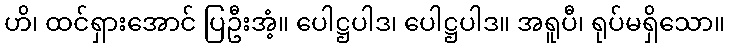
ဟိ၊ ထင်ရှားအောင် ပြဦးအံ့။ ပေါဋ္ဌပါဒ၊ ပေါဋ္ဌပါဒ။ အရူပီ၊ ရုပ်မရှိသော။